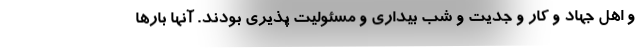
و اهل جهاد و کار و جدیت و شب بیداری و مسئولیت پذیری بودند. آنها بارها